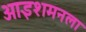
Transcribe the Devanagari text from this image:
आइशमनला